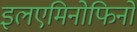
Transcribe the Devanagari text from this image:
इलएमिनोफिनो